Lunatic asylums Punjab 1868-1880 - 1868-1880
Year: 1868
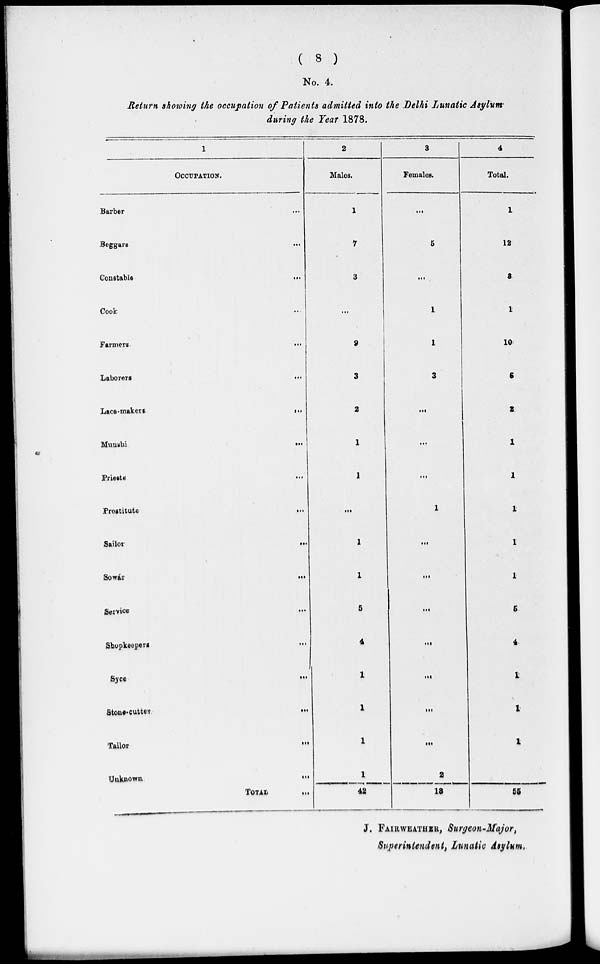
( 8 )
No. 4.
Return showing the occupation of Patients admitted into the Delhi Lunatic Asylum
during the Year 1878.
1
OCCUPATION.
Barber ...
Beggars
...
Constable
...
Cook ...
Farmers
...
Laborers
...
Lace-makers
...
Munshi
...
Priests
...
Prostitute
...
Sailor
...
Sowár
...
Service
...
Shopkeepers
...
Syce
...
Stone-cutter
...
Tailor
...
Unknown
...
TOTAL
...
2
Males.
1
7
3
...
9
3
2
1
1
...
1
1
5
4
1
1
1
1
42
3
Females.
...
5
...
1
1
3
...
...
...
1
...
...
...
...
...
...
...
2
13
4
Total.
1
12
3
1
10
6
2
1
1
1
1
1
5
4
1
1
1
1
55
J. FAIRWEATHER, Surgeon-Major,
Superintendent, Lunatic Asylum.